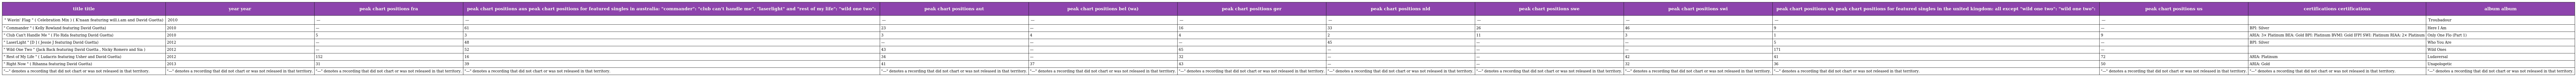
| title title | year year | peak chart positions fra | peak chart positions aus peak chart positions for featured singles in australia: "commander": "club can't handle me", "laserlight" and "rest of my life": "wild one two": | peak chart positions aut | peak chart positions bel (wa) | peak chart positions ger | peak chart positions nld | peak chart positions swe | peak chart positions swi | peak chart positions uk peak chart positions for featured singles in the united kingdom: all except "wild one two": "wild one two": | peak chart positions us | certifications certifications | album album |
 | --- | --- | --- | --- | --- | --- | --- | --- | --- | --- | --- | --- | --- | --- |
 | " Wavin' Flag " ( Celebration Mix ) ( K'naan featuring will.i.am and David Guetta) | 2010 | — | — | — | — | — | — | — | — | — | — |  | Troubadour |
 | " Commander " ( Kelly Rowland featuring David Guetta) | 2010 | — | 61 | 23 | — | 16 | 33 | 26 | 46 | 9 | — | BPI: Silver | Here I Am |
 | " Club Can't Handle Me " ( Flo Rida featuring David Guetta) | 2010 | 5 | 3 | 3 | 4 | 4 | 2 | 11 | 3 | 1 | 9 | ARIA: 3× Platinum BEA: Gold BPI: Platinum BVMI: Gold IFPI SWI: Platinum RIAA: 2× Platinum | Only One Flo (Part 1) |
 | " LaserLight " [D ] ( Jessie J featuring David Guetta) | 2012 | — | 48 | — | — | — | 45 | — | — | 5 | — | BPI: Silver | Who You Are |
 | " Wild One Two " (Jack Back featuring David Guetta , Nicky Romero and Sia ) | 2012 | — | 52 | 43 | — | 65 | — | — | — | 171 | — |  | Wild Ones |
 | " Rest of My Life " ( Ludacris featuring Usher and David Guetta) | 2012 | 152 | 16 | 34 | — | 32 | — | — | 42 | 41 | 72 | ARIA: Platinum | Ludaversal |
 | " Right Now " ( Rihanna featuring David Guetta) | 2013 | 31 | 39 | 41 | 37 | 43 | — | — | 32 | 36 | 50 | ARIA: Gold | Unapologetic |
 | "—" denotes a recording that did not chart or was not released in that territory. | "—" denotes a recording that did not chart or was not released in that territory. | "—" denotes a recording that did not chart or was not released in that territory. | "—" denotes a recording that did not chart or was not released in that territory. | "—" denotes a recording that did not chart or was not released in that territory. | "—" denotes a recording that did not chart or was not released in that territory. | "—" denotes a recording that did not chart or was not released in that territory. | "—" denotes a recording that did not chart or was not released in that territory. | "—" denotes a recording that did not chart or was not released in that territory. | "—" denotes a recording that did not chart or was not released in that territory. | "—" denotes a recording that did not chart or was not released in that territory. | "—" denotes a recording that did not chart or was not released in that territory. | "—" denotes a recording that did not chart or was not released in that territory. | "—" denotes a recording that did not chart or was not released in that territory. |